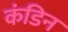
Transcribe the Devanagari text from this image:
कंडिन